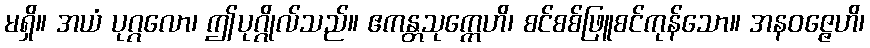
မရှိ။ အယံ ပုဂ္ဂလော၊ ဤပုဂ္ဂိုလ်သည်။ ဧကန္တသုက္ကေဟိ၊ စင်စစ်ဖြူစင်ကုန်သော။ အနဝဇ္ဇေဟိ၊